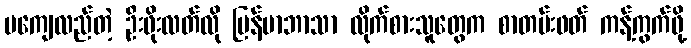
မကျေလည်တဲ့ ဦးဖိုးလတ်လို မြန်မာဘာသာ လိုက်စားသူတွေက စာတမ်းဖတ် ကန့်ကွက်ဖို့